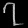
Digit: ၇